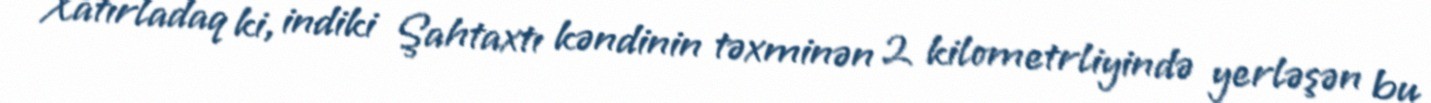
Xatırladaq ki, indiki Şahtaxtı kəndinin təxminən 2 kilometrliyində yerləşən bu